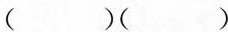
（）（）